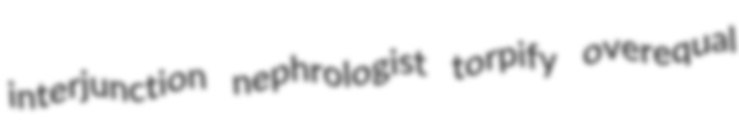
interjunction nephrologist torpify overequal